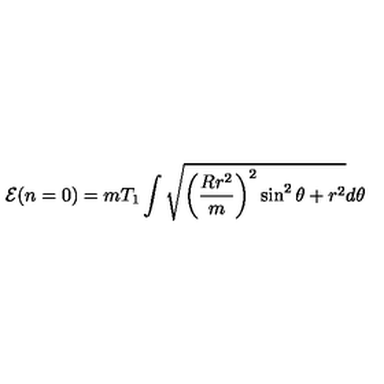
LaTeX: { \cal E } ( n = 0 ) = m T _ { 1 } \int \sqrt { \bigg ( \frac { R r ^ { 2 } } { m } \bigg ) ^ { 2 } \sin ^ { 2 } \theta + r ^ { 2 } } d \theta